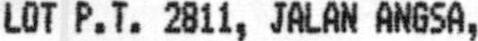
LOT P.T. 2811, JALAN ANGSA,